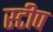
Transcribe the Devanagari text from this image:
स्टीप